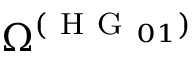
\Omega ^ { ( \mathrm { ~ H ~ G ~ } _ { 0 1 } ) }